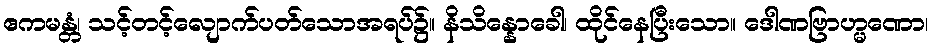
ဧကမန္တံ၊ သင့်တင့်လျောက်ပတ်သောအရပ်၌။ နိသိန္နောခေါ၊ ထိုင်နေပြီးသော။ ဒေါဏဗြာဟ္မဏော၊